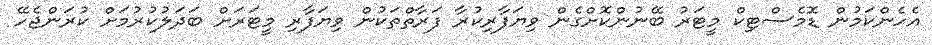
އެހެންކަމުން ޑޮމެސްޓިކް މީޓަރު ބޭނުންކޮށްގެން ވިޔަފާރިކުރާ ފަރާތްތަކުން ވިޔަފާރި މީޓަރަށް ބަދަލުކުރުމަށް ކުރަންޖެހޭ